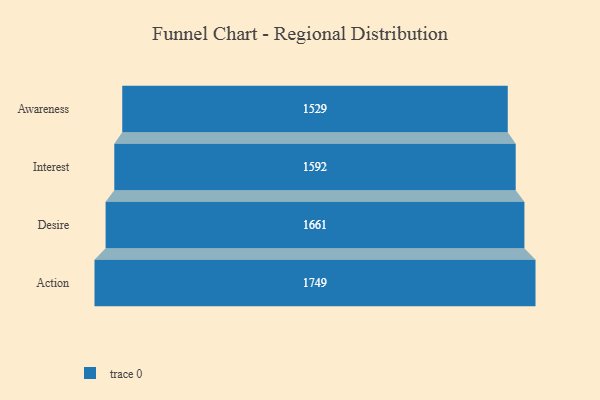
{"axis": {"x": "Stage", "y": "Value"}, "legend": [""], "data": [{"x": "Awareness", "y": 1529.0, "type": ""}, {"x": "Interest", "y": 1592.0, "type": ""}, {"x": "Desire", "y": 1661.0, "type": ""}, {"x": "Action", "y": 1749.0, "type": ""}]}